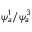
\psi _ { a } ^ { 1 } / \psi _ { a } ^ { 3 }